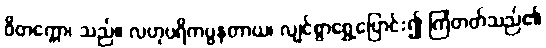
ဝိတက္ကော၊ သည်။ လဟုပရိကပ္ပနတာယ၊ လျင်စွာရွှေ့ပြောင်း၍ ကြံတတ်သည်၏